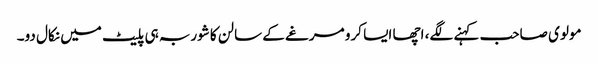
مولوی صاحب کہنے لگے، اچھا ایسا کرو مرغے کے سالن کا شوربہ ہی پلیٹ میں نکال دو۔